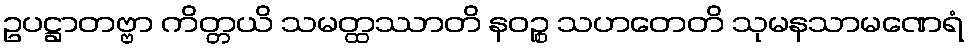
ဥပဋ္ဌာတဗ္ဗာ ကိတ္တယိ သမတ္ထဿာတိ နဝဉ္စ သဟတေတိ သုမနသာမဏေရံ